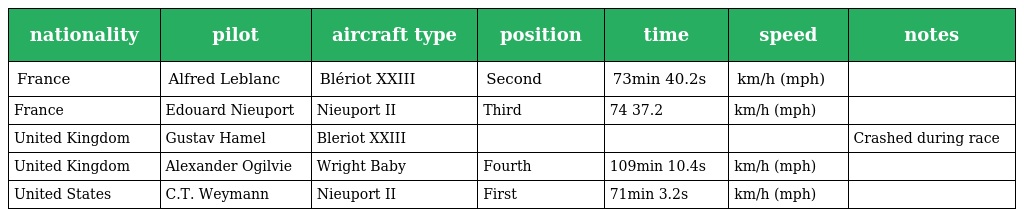
| nationality | pilot | aircraft type | position | time | speed | notes |
 | --- | --- | --- | --- | --- | --- | --- |
 | France | Alfred Leblanc | Blériot XXIII | Second | 73min 40.2s | km/h (mph) |  |
 | France | Edouard Nieuport | Nieuport II | Third | 74 37.2 | km/h (mph) |  |
 | United Kingdom | Gustav Hamel | Bleriot XXIII |  |  |  | Crashed during race |
 | United Kingdom | Alexander Ogilvie | Wright Baby | Fourth | 109min 10.4s | km/h (mph) |  |
 | United States | C.T. Weymann | Nieuport II | First | 71min 3.2s | km/h (mph) |  |